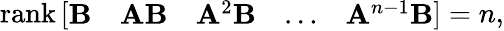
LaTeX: \operatorname{rank}{\left[\begin{array}{lllll}{\mathbf{B}}&{\mathbf{A}\mathbf{B}}&{\mathbf{A}^{2}\mathbf{B}}&{\dots}&{\mathbf{A}^{n-1}\mathbf{B}}\end{array}\right]}=n,